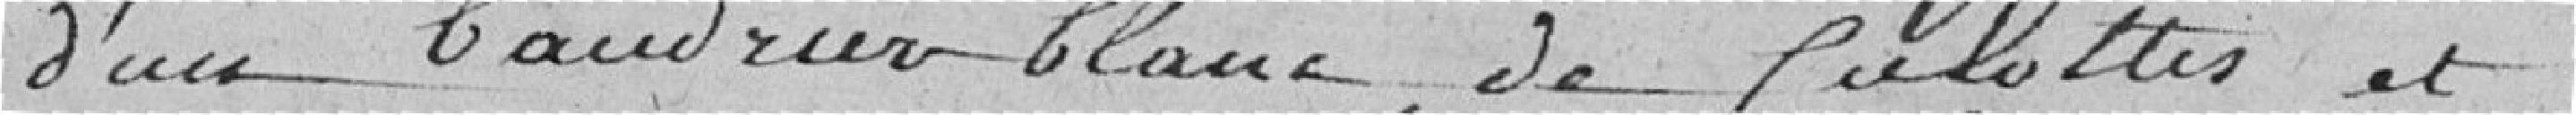
d'un baudrier blanc, de culottes et